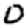
Digit: 0